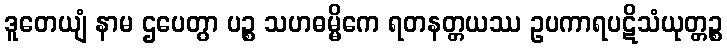
ဒူတေယျံ နာမ ဌပေတွာ ပဉ္စ သဟဓမ္မိကေ ရတနတ္တယဿ ဥပကာရပဋိသံယုတ္တဉ္စ